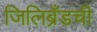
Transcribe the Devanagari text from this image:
जिलिब्रँडची